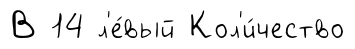
В 14 л'е́вый Кол'и́чество